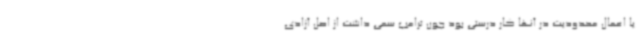
یا اعمال محدودیت در آنها کار درستی بود چون ترامپ سعی داشت از اصل آزادی